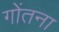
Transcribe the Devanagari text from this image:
गोंतना